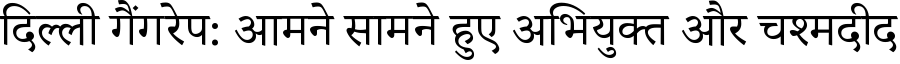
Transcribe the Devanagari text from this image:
दिल्ली गैंगरेप: आमने सामने हुए अभियुक्त और चश्मदीद